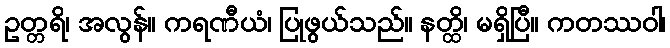
ဥတ္တရိ၊ အလွန်။ ကရဏီယံ၊ ပြုဖွယ်သည်။ နတ္ထိ၊ မရှိပြီ။ ကတဿဝါ၊